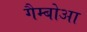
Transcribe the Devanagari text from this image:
गैम्बोआ